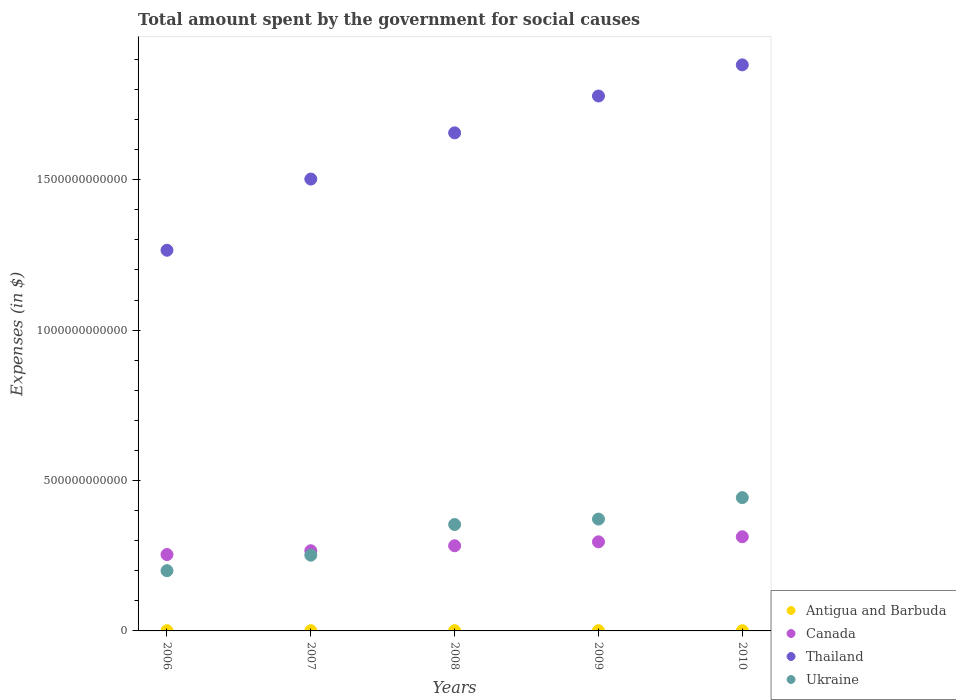
| Years | Antigua and Barbuda | Canada | Thailand | Ukraine |
 | --- | --- | --- | --- | --- |
 | 2006 | 6.84e+08 | 2.54e+11 | 1.27e+12 | 2e+11 |
 | 2007 | 7.5e+08 | 2.67e+11 | 1.5e+12 | 2.52e+11 |
 | 2008 | 7.66e+08 | 2.83e+11 | 1.66e+12 | 3.54e+11 |
 | 2009 | 7.82e+08 | 2.96e+11 | 1.78e+12 | 3.72e+11 |
 | 2010 | 6.76e+08 | 3.13e+11 | 1.88e+12 | 4.43e+11 |